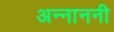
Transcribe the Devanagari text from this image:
अन्नाननी